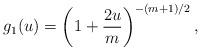
LaTeX: \begin{align*}g_{1}(u)=\left(1+\frac{2u}{m}\right)^{-(m+1)/2},\end{align*}